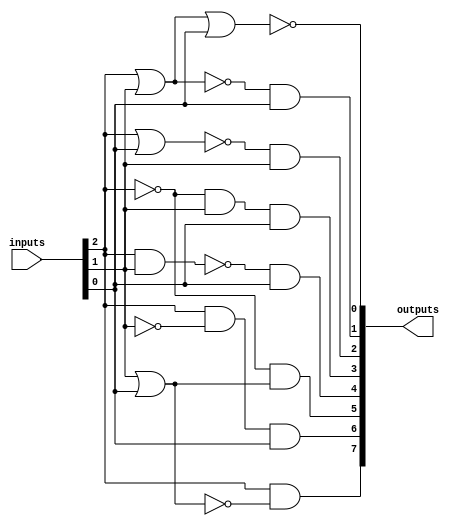
module combinatorial_logic_blocks_decoder(
    input [2:0] inputs,
    output [7:0] outputs
);

assign outputs[0] = ~(inputs[2] | inputs[1] | inputs[0]);
assign outputs[1] = ~(inputs[2] | inputs[1]) & inputs[0];
assign outputs[2] = ~(inputs[2] | inputs[0]) & inputs[1];
assign outputs[3] = ~inputs[2] & inputs[1] & inputs[0];
assign outputs[4] = ~(inputs[2] & inputs[1]) & inputs[0];
assign outputs[5] = ~inputs[2] & (inputs[1] | inputs[0]);
assign outputs[6] = inputs[2] & ~inputs[1] & inputs[0];
assign outputs[7] = inputs[2] & ~(inputs[1] | inputs[0]);

endmodule